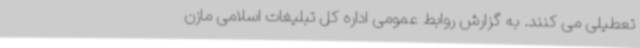
تعطیلی می کنند. به گزارش روابط عمومی اداره کل تبلیغات اسلامی مازن